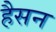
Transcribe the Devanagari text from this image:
हैसन